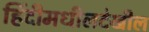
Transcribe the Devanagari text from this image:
हिंदीमधीलदेखील